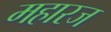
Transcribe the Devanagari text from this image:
महारज